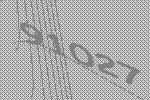
91027